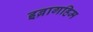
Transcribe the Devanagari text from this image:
इब्रागहिम